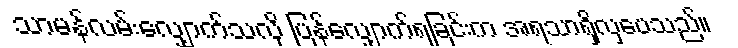
သာမန်လမ်းလျှောက်သလို ပြန်လျှောက်ရခြင်းက အရသာရှိလှပေသည်။